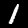
Label: 1